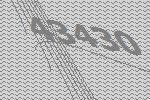
43430